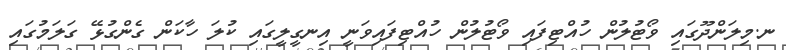
ނ.މިލަންދޫގައި ވޯޓުލުން ހުއްޓިފައި ވޯޓުލުން ހުއްޓިފައިވަނީ އިނގީލީގައި ކުލަ ހާކަން ގެންގުޅޭ ގަލަމުގައި